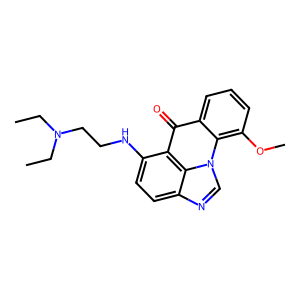
SMILES: CCN(CC)CCNc1ccc2ncn3c4c(OC)cccc4c(=O)c1c23
Inhibits HIV replication: No